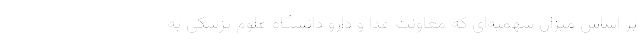
بر اساس میزان سهمیه‌ای که معاونت غذا و دارو دانشگاه علوم پزشکی به